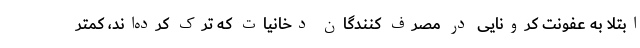
ابتلا به عفونت کرونایی در مصرف کنندگان دخانیات که ترک کرده‌اند، کمتر